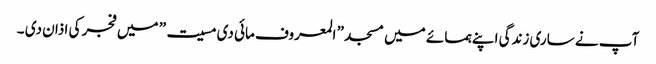
آپ نے ساری زندگی اپنے ہمسائے میں مسجد ” المعروف مائی دی مسیت” میں فجر کی اذان دی ۔